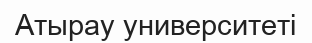
Атырау университеті